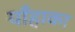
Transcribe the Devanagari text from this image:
याँहाका